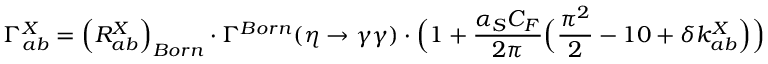
\Gamma _ { a b } ^ { X } = \Big ( R _ { a b } ^ { X } \Big ) _ { B o r n } \cdot \Gamma ^ { B o r n } ( \eta \to \gamma \gamma ) \cdot \Big ( 1 + \frac { \alpha _ { S } C _ { F } } { 2 \pi } \Big ( \frac { \pi ^ { 2 } } { 2 } - 1 0 + \delta k _ { a b } ^ { X } \Big ) \Big )